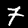
Digit: 7